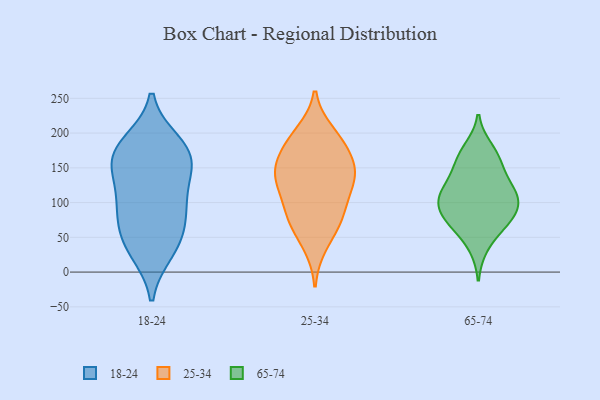
{"axis": {"x": "Conversion Rate (%)", "y": "Value"}, "legend": ["18-24", "25-34", "65-74"], "data": [{"x": "", "y": 131, "type": "18-24"}, {"x": "", "y": 99, "type": "18-24"}, {"x": "", "y": 173, "type": "18-24"}, {"x": "", "y": 42, "type": "18-24"}, {"x": "", "y": 185, "type": "18-24"}, {"x": "", "y": 31, "type": "18-24"}, {"x": "", "y": 90, "type": "18-24"}, {"x": "", "y": 48, "type": "18-24"}, {"x": "", "y": 163, "type": "18-24"}, {"x": "", "y": 155, "type": "18-24"}, {"x": "", "y": 171, "type": "18-24"}, {"x": "", "y": 87, "type": "18-24"}, {"x": "", "y": 85, "type": "25-34"}, {"x": "", "y": 124, "type": "25-34"}, {"x": "", "y": 128, "type": "25-34"}, {"x": "", "y": 182, "type": "25-34"}, {"x": "", "y": 78, "type": "25-34"}, {"x": "", "y": 193, "type": "25-34"}, {"x": "", "y": 39, "type": "25-34"}, {"x": "", "y": 67, "type": "25-34"}, {"x": "", "y": 90, "type": "25-34"}, {"x": "", "y": 139, "type": "25-34"}, {"x": "", "y": 136, "type": "25-34"}, {"x": "", "y": 172, "type": "25-34"}, {"x": "", "y": 153, "type": "25-34"}, {"x": "", "y": 200, "type": "25-34"}, {"x": "", "y": 146, "type": "25-34"}, {"x": "", "y": 74, "type": "65-74"}, {"x": "", "y": 118, "type": "65-74"}, {"x": "", "y": 102, "type": "65-74"}, {"x": "", "y": 110, "type": "65-74"}, {"x": "", "y": 70, "type": "65-74"}, {"x": "", "y": 124, "type": "65-74"}, {"x": "", "y": 81, "type": "65-74"}, {"x": "", "y": 159, "type": "65-74"}, {"x": "", "y": 73, "type": "65-74"}, {"x": "", "y": 144, "type": "65-74"}, {"x": "", "y": 37, "type": "65-74"}, {"x": "", "y": 99, "type": "65-74"}, {"x": "", "y": 107, "type": "65-74"}, {"x": "", "y": 167, "type": "65-74"}, {"x": "", "y": 177, "type": "65-74"}]}